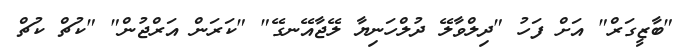
"ބާޒީގަރް" އަށް ފަހު "ދިލްވާލޭ ދުލްހަނިޔާ ލޭޖާއޭނގޭ" "ކަރަން އަރްޖުން" "ކުޗް ކުޗް